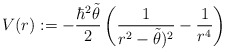
\begin{align*}V(r) : = - \frac{\hbar^2 \tilde{\theta}}{2} \left( \frac{1}{r^2 - \tilde{\theta})^2} - \frac{1}{r^4}\right)\end{align*}